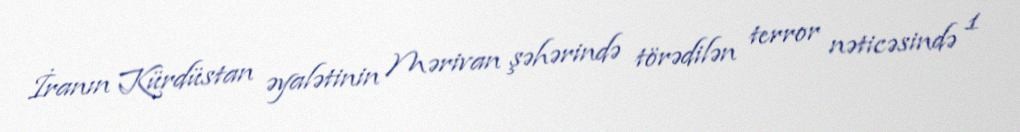
İranın Kürdüstan əyalətinin Mərivan şəhərində törədilən terror nəticəsində 1